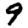
Digit: 9